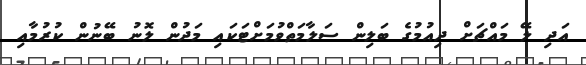
އަދި ލޭ މައްޗަށް ދިއުމުގެ ބަލިން ސަލާމަތްވުމަށްޓަކައި މަދުން ލޮނު ބޭނުން ކުރުމާއި